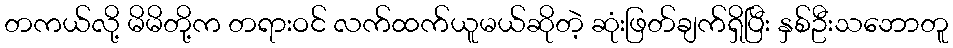
တကယ်လို့ မိမိတို့က တရားဝင် လက်ထက်ယူမယ်ဆိုတဲ့ ဆုံးဖြတ်ချက်ရှိပြီး နှစ်ဦးသဘောတူ